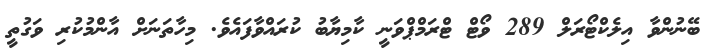
ބޭނުންވާ އިލެކްޓޯރަލް 289 ވޯޓް ޓްރަމްޕްވަނީ ކާމިޔާބު ކުރައްވާފައެވެ. މިހާތަނަށް އާންމުކުރި ވަގުތީ